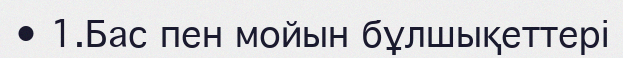
•	1.Бас пен мойын бұлшықеттері